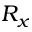
R _ { x }